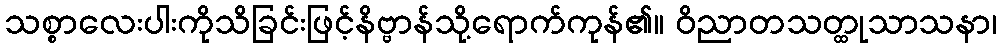
သစ္စာလေးပါးကိုသိခြင်းဖြင့်နိဗ္ဗာန်သို့ရောက်ကုန်၏။ ဝိညာတသတ္ထုသာသနာ၊